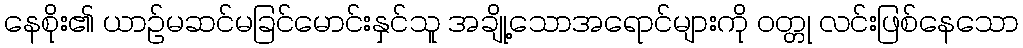
နေစိုး၏ ယာဉ်မဆင်မခြင်မောင်းနှင်သူ အချို့သောအရောင်များကို ဝတ္တု လင်းဖြစ်နေသော